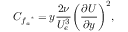
C _ { { f _ { a } } ^ { * } } = y \frac { 2 \nu } { U _ { e } ^ { 3 } } \bigg ( \frac { \partial U } { \partial y } \bigg ) ^ { 2 } ,